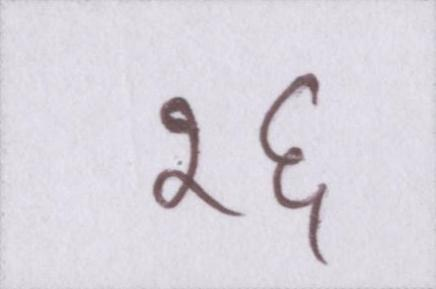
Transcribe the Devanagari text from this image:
१६